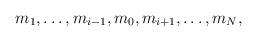
LaTeX: \begin{align*}m_1, \ldots, m_{i-1}, m_0, m_{i+1}, \ldots, m_N ,\end{align*}